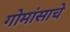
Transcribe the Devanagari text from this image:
गोमांसाचे